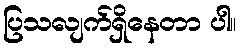
ပြသလျက်ရှိနေတာ ပါ။